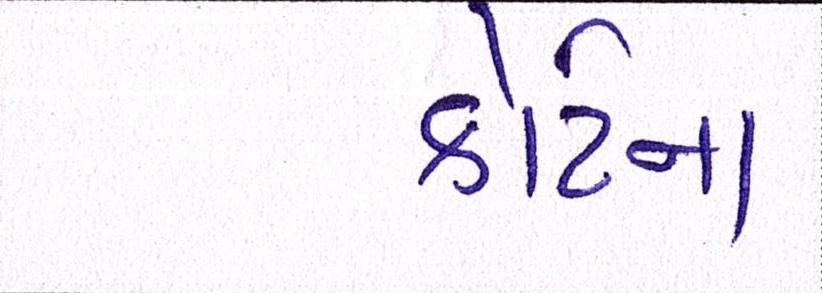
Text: કોર્ટના